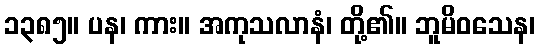
၁၃၈၅။ ပန၊ ကား။ အကုသလာနံ၊ တို့၏။ ဘူမိဝသေန၊